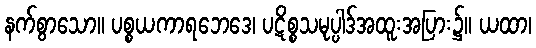
နက်စွာသော။ ပစ္စယကာရဘေဒေ၊ ပဋိစ္စသမုပ္ပါဒ်အထူးအပြား၌။ ယထာ၊